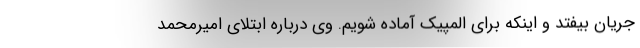
جریان بیفتد و اینکه برای المپیک آماده شویم‌. وی درباره ابتلای امیرمحمد